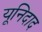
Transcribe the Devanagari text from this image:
यूनिदाद